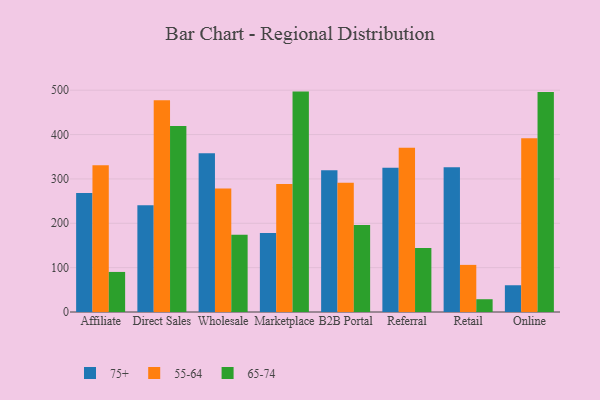
{"axis": {"x": "Channel", "y": "Energy Usage (MWh)"}, "legend": ["55-64", "65-74", "75+"], "data": [{"x": "Affiliate", "y": 268.3, "type": "75+"}, {"x": "Affiliate", "y": 330.6, "type": "55-64"}, {"x": "Affiliate", "y": 90.3, "type": "65-74"}, {"x": "Direct Sales", "y": 240.6, "type": "75+"}, {"x": "Direct Sales", "y": 477.1, "type": "55-64"}, {"x": "Direct Sales", "y": 419.4, "type": "65-74"}, {"x": "Wholesale", "y": 357.9, "type": "75+"}, {"x": "Wholesale", "y": 278.5, "type": "55-64"}, {"x": "Wholesale", "y": 174.0, "type": "65-74"}, {"x": "Marketplace", "y": 177.9, "type": "75+"}, {"x": "Marketplace", "y": 288.5, "type": "55-64"}, {"x": "Marketplace", "y": 496.8, "type": "65-74"}, {"x": "B2B Portal", "y": 319.4, "type": "75+"}, {"x": "B2B Portal", "y": 291.2, "type": "55-64"}, {"x": "B2B Portal", "y": 195.9, "type": "65-74"}, {"x": "Referral", "y": 324.9, "type": "75+"}, {"x": "Referral", "y": 370.0, "type": "55-64"}, {"x": "Referral", "y": 144.0, "type": "65-74"}, {"x": "Retail", "y": 326.5, "type": "75+"}, {"x": "Retail", "y": 106.2, "type": "55-64"}, {"x": "Retail", "y": 28.8, "type": "65-74"}, {"x": "Online", "y": 60.3, "type": "75+"}, {"x": "Online", "y": 391.7, "type": "55-64"}, {"x": "Online", "y": 495.7, "type": "65-74"}]}